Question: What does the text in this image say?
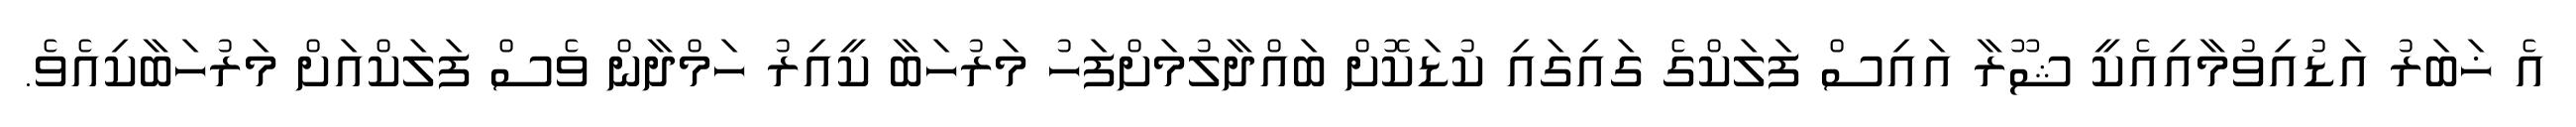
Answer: އެ ޚަބަރު އަޑުއިވުމާއިއެކީ ޝޫރާ އައިސް ފަލަކްގެ ގައިގައި ކުޑަކޮށް ބައްދާލުމަށްފަހު މަރުހަބާ ކީއިރު ހަމްދާން ވެސް ފަލަކްއަށް މަރުހަބާކިއެވެ.